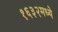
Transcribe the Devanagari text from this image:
१६३२मध्ये